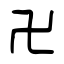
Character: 卍